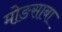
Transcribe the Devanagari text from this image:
मोङसाबा